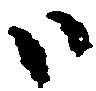
ハ